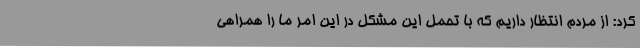
کرد: از مردم انتظار داریم که با تحمل این مشکل در این امر ما را همراهی